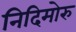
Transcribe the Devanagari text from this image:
निदिमोरु